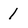
Character: 1